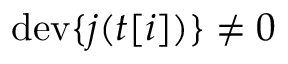
\mathrm { d e v } \{ j ( t [ i ] ) \} \ne 0